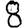
Digit: 8